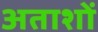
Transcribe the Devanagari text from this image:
अताशों